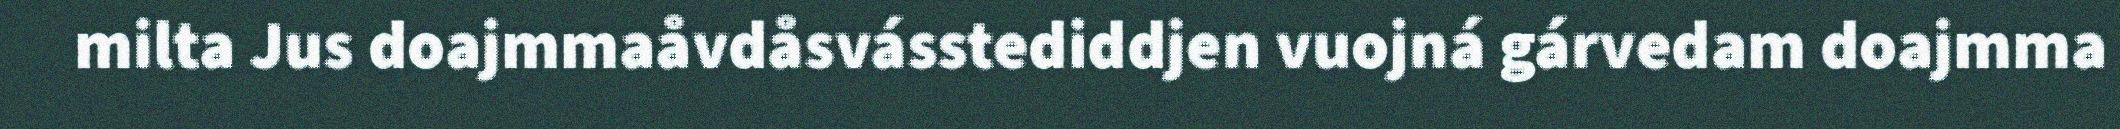
milta Jus doajmmaåvdåsvásstediddjen vuojná gárvedam doajmma